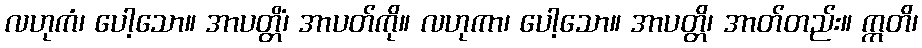
လဟုကံ၊ ပေါ့သော။ အာပတ္တိံ၊ အာပတ်ကို။ လဟုကာ၊ ပေါ့သော။ အာပတ္တိ၊ အာတ်တည်း။ ဣတိ၊